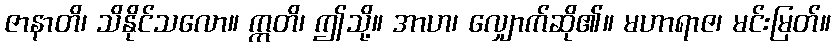
ဇာနာတိ၊ သိနိုင်သလော။ ဣတိ၊ ဤသို့။ အာဟ၊ လျှောက်ဆို၏။ မဟာရာဇ၊ မင်းမြတ်။